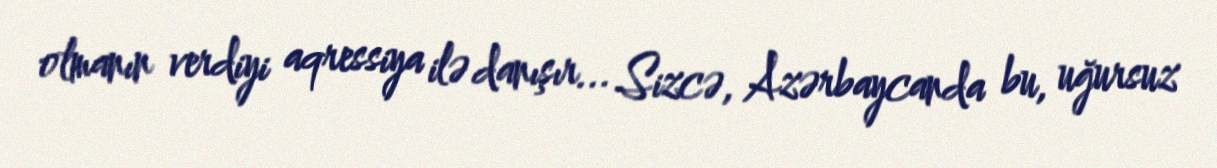
olmanın verdiyi aqressiya ilə danışır... Sizcə, Azərbaycanda bu, uğursuz